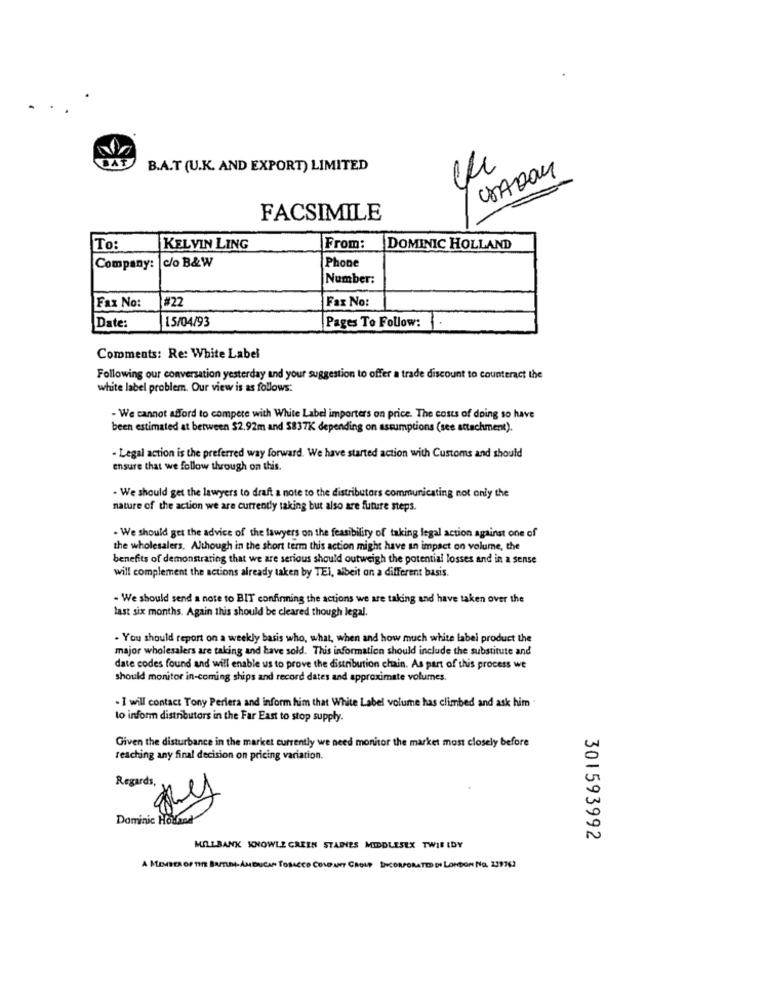
BAT
B.A.T (U.K. AND EXPORT) LIMITED
CHADOM
FACSIMILE
To:
KELVIN LING
From:
DOMINIC HOLLAND
Company: c/o B&W
Phone
Number:
#22
Fax No:
Fax No:
15/04/93
Date:
Pages To Follow:
Comments: Re: White Label
Following our conversation yesterday and your suggestion to offer a trade discount to counteract the
white label problem. Our view is as follows:
- We cannot afford to compete with White Label importers on price. The costs of doing so have
been estimated at between $2.92m and 5837K depending on assumptions (see attachment).
- Legal action is the preferred way forward. We have started action with Customs and should
ensure that we follow through on this.
- We should get the lawyers to draft a note to the distributors communicating not only the
nature of the action we are currently taking but also are future steps.
- We should get the advice of the lawyers on the feasibility of taking legal action against one of
the wholesalers. Although in the short term this action might have an impact on volume, the
benefits of demonstrating that we are serious should outweigh the potential losses and in a sense
will complement the actions already taken by TEI, albeit on a different basis.
- We should send a note to BIT confirming the actions we are taking and have taken over the
last six months. Again this should be cleared though legal.
. You should report on a weekly basis who, what, when and how much white label product the
major wholesalers are taking and have sold. This information should include the substitute and
date codes found and will enable us to prove the distribution chain. As part of this process we
should monitor in-coming ships and record dates and approximate volumes.
. I will contact Tony Perlera and inform him that White Label volume has climbed and ask him
to inform distributors in the Far East to stop supply.
Given the disturbance in the market currently we need monitor the market most closely before
reaching any final decision on pricing variation.
Regards,
Dominic Holand
301593992
MILLBANK KNOWLE CREEN STAINES MIDDLESEX TWIE IDY
A MEMBER OF THE BARTIDA-AMBUCAN TOBACCO CONPANT CROUP INCORPORATED DI LONDON No. 239763